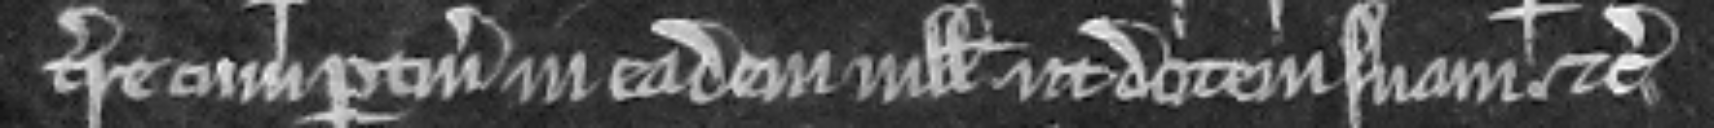
terre cum pertinenciis in eadem villa ut dotem suam etc.